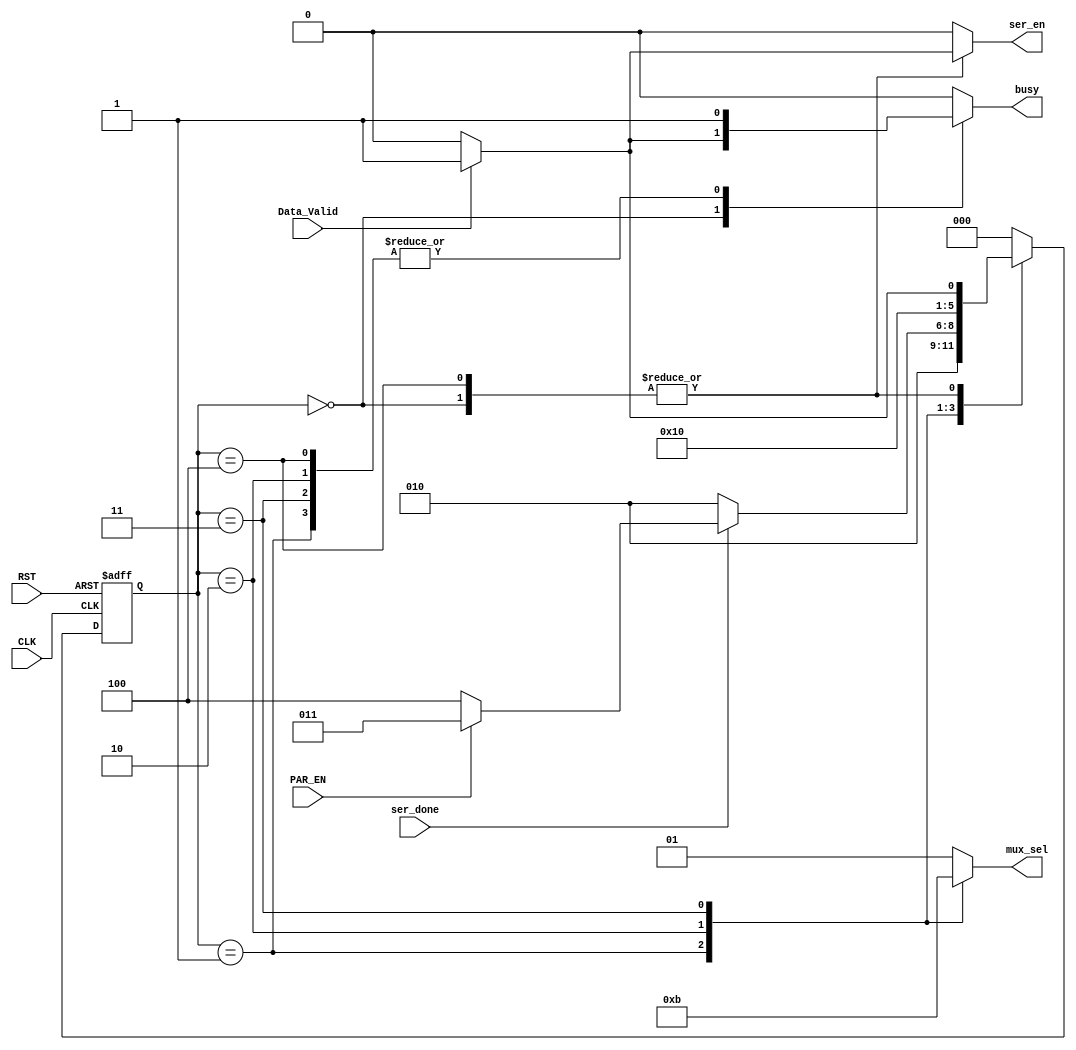

module FSM (
	input		wire					CLK,
	input		wire					RST,
	input		wire					Data_Valid,
	input		wire					ser_done,
	input		wire					PAR_EN,
	output		reg			[1:0]		mux_sel,
	output		reg						busy,
	output		reg						ser_en
	);


//5 states
localparam	[2:0]	IDLE_State	   = 'b000,
					Start_State    = 'b001,
					Data_State	   = 'b010,
					Parity_State   = 'b011,
					Stop_State     = 'b100;	


reg	[2:0]	Current_State, 
			Next_State;


//next state logic
always@(posedge CLK, negedge RST) begin
	if(!RST) begin
		Current_State	<=	IDLE_State;
	end
	else begin
		Current_State	<=	Next_State;
	end
end


/************************ FSM Logic ************************/ 
always@(*)  begin

	case(Current_State)
		IDLE_State	:	begin
				mux_sel		=	'b01;	// idle state (Output Logic High)
				ser_en		=	'b0;
				if(Data_Valid) begin
					Next_State	=	Start_State;
					ser_en      =   'b1; // to take data on bus for serializer
					busy        =   'b1;
				end
				else begin
					Next_State	=	IDLE_State;
					busy        =   'b0;	
				end			
		end

		Start_State	:	begin
			mux_sel		=	'b00;
			ser_en      =   'b0;
			busy        =   'b1;
			Next_State	= Data_State;		
		end

		Data_State	:	begin
			mux_sel		=	'b10;
			ser_en      =   'b0;
			busy        =   'b1;
			if(ser_done) begin
				if(PAR_EN) begin
					Next_State	= Parity_State;
				end
				else begin
					Next_State	=	Stop_State;				
				end
			end

			else begin
				Next_State	= Data_State;				
			end
		end

		Parity_State	:	begin
			mux_sel		=	'b11;
			ser_en      =   'b0;
			busy        =   'b1;
			Next_State	=	Stop_State;
		end


		Stop_State	:	begin
			mux_sel		=	'b01;
			ser_en      =   'b0;
			busy        =   'b1;
			if(Data_Valid) begin     // in case we have next transaction directly after stop bit
				Next_State	=	Start_State;
				ser_en      =   'b1; // to take data on bus for serializer
			end
			else begin
				Next_State	=	IDLE_State;			
			end		
		end

		default	:	begin    //default case to avoid latches
			busy        =   'b0;
			ser_en      =   'b0;
			mux_sel     =   'b01;
			Next_State  =	IDLE_State;
				
		end


	endcase



end




endmodule